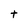
Character: t